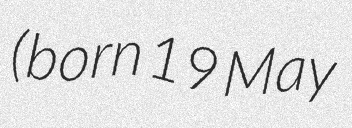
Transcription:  (born 19 May